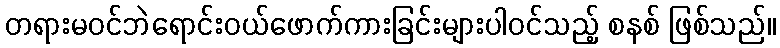
တရားမဝင်ဘဲရောင်းဝယ်ဖောက်ကားခြင်းများပါဝင်သည့် စနစ် ဖြစ်သည်။